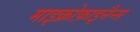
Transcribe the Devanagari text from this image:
माइक्रोफ़ाइनैन्स